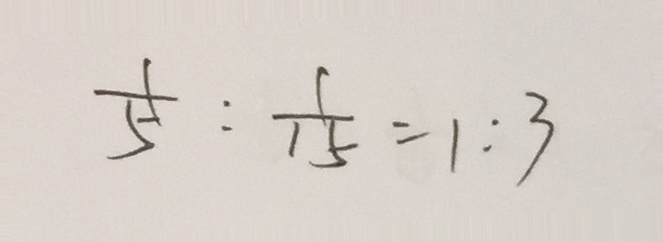
\frac { 1 } { 5 } : \frac { 1 } { 1 5 } = 1 : 3